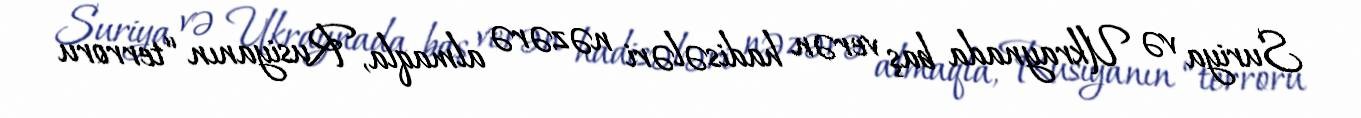
Suriya və Ukraynada baş verən hadisələri nəzərə almaqla, Rusiyanın “terroru